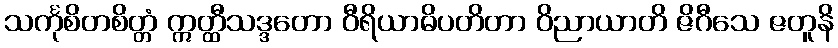
သင်္ကုစိတစိတ္တံ ဣတ္ထီသဒ္ဒတော ဝီရိယာဓိပတိတာ ဝိညာယာတိ ဇိဂီသေ ဇတူနိ